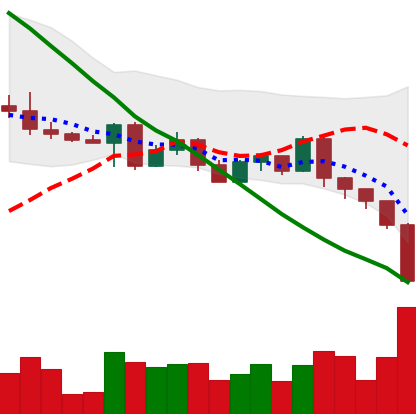
Ticker: ETH-USD
Chart end date: 2022-05-09
Forward return: -8.424%
Label: down_7plus